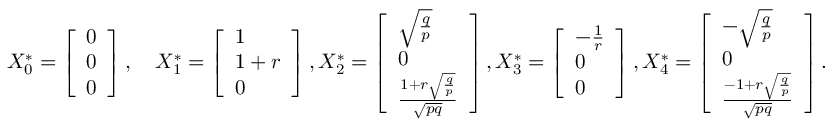
\begin{array} { l l } { { X } _ { 0 } ^ { * } = \left[ \begin{array} { l } { 0 } \\ { 0 } \\ { 0 } \end{array} \right] , \quad { X } _ { 1 } ^ { * } = \left[ \begin{array} { l } { 1 } \\ { 1 + r } \\ { 0 } \end{array} \right] , { X } _ { 2 } ^ { * } = \left[ \begin{array} { l } { \sqrt { \frac { q } { p } } } \\ { 0 } \\ { \frac { 1 + r \sqrt { \frac { q } { p } } } { \sqrt { { p } { q } } } } \end{array} \right] , { X } _ { 3 } ^ { * } = \left[ \begin{array} { l } { - \frac { 1 } { r } } \\ { 0 } \\ { 0 } \end{array} \right] , { X } _ { 4 } ^ { * } = \left[ \begin{array} { l } { - \sqrt { \frac { q } { p } } } \\ { 0 } \\ { \frac { - 1 + r \sqrt { \frac { q } { p } } } { \sqrt { { p } { q } } } } \end{array} \right] . } \end{array}